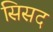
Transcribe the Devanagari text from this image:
सिसद